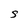
Character: S